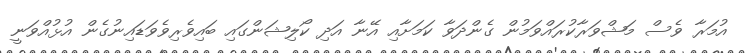
އުމަރާ ވެސް މަޝްވަރާކުރައްވަމުން ގެންދަވާ ކަމަށާއި އޭނާ އަދި ކޯލިޝަންގައި ބައިވެރިވެވަޑައިނުގެން އުޅުއްވަނީ